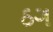
ઠગ